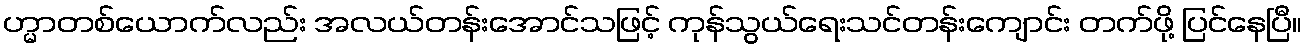
ဟ္မာတစ်ယောက်လည်း အလယ်တန်းအောင်သဖြင့် ကုန်သွယ်ရေးသင်တန်းကျောင်း တက်ဖို့ ပြင်နေပြီ။